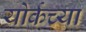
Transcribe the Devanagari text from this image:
योर्कच्या